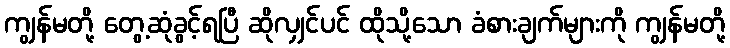
ကျွန်မတို့ တွေ့ဆုံခွင့်ရပြီ ဆိုလျှင်ပင် ထိုသို့သော ခံစားချက်များကို ကျွန်မတို့